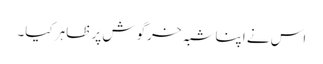
اس نے اپنا شبہ خرگوش پر ظاہر کیا۔